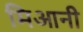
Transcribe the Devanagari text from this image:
मिआनी